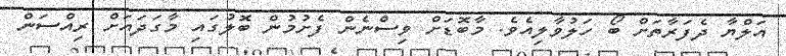
އަލްޔާ ދެފަރާތަށް ބޯ ހަލުވާލިއެވެ. މާބޮޑަށް ވިސްނެން ފެށުމުން ބޮލުގައި މާގަދައަށް ރިއްސަން